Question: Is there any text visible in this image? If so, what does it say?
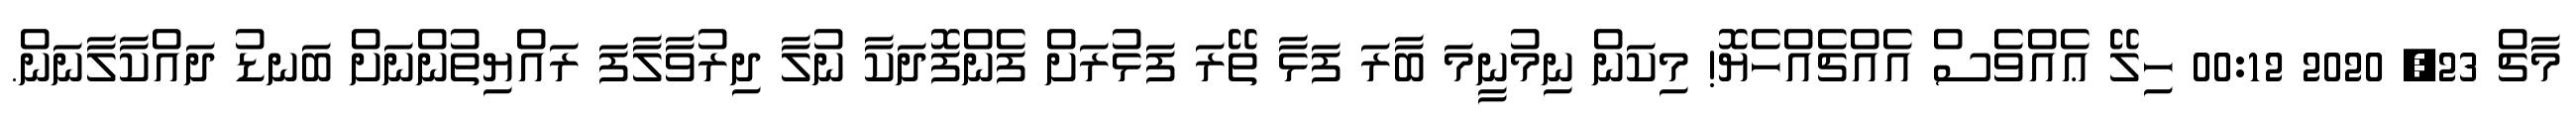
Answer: މާޗް 23, 2020 00:12 ހިލޭ ޢެއްވެސް އެއްޗެއްހެޔޮ! މިކަން ނިމުނީމަ ބާރަ ފަޅާ ތޭރަ ފަޅުރަށް ފެންފޮދަކާ ނުލާ ދިރުވާލާފަ ރައްޔިތުންނަށް ބަނޑު ދައްކާލާނަން.